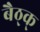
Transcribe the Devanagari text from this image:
बैठ्क्